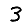
Digit: 3